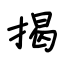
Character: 揭